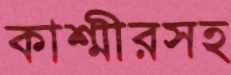
কাশ্মীরসহ